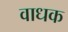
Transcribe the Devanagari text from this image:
वाधक